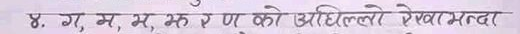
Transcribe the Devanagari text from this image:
४. ग, म, भू रु ण को उरिल्लो रेखाभन्दा